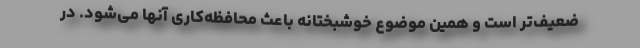
ضعیف‌تر است و همین موضوع خوشبختانه باعث محافظه‌کاری آنها می‌شود. در